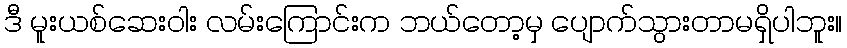
ဒီ မူးယစ်ဆေးဝါး လမ်းကြောင်းက ဘယ်တော့မှ ပျောက်သွားတာမရှိပါဘူး။